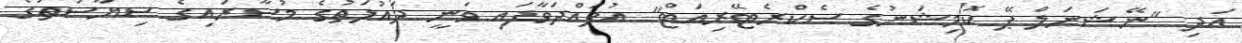
އަދި "ނޭޝަނަލް ޕޭ ކޮމިޝަނުގެ ސެކްރެޓޭރިއަޓް" އުފައްދަވާފައި ވަނީ ދައުލަތުގެ މުސާރައިގެ ސިޔާސަތުގެ